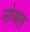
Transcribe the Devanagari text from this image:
नोअल